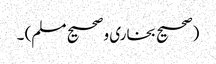
(صحیح بخاری و صحیح مسلم) ۔